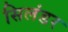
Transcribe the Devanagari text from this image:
सिलंडर